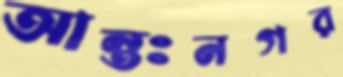
আন্তঃনগর